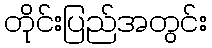
တိုင်းပြည်အတွင်း